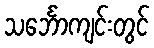
သင်္ဘောကျင်းတွင်